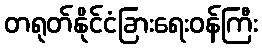
တရုတ်နိုင်ငံခြားရေးဝန်ကြီး